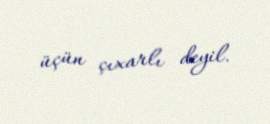
üçün çıxarlı deyil.